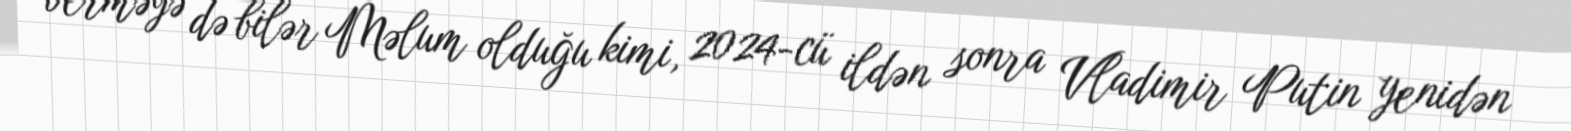
verməyə də bilər Məlum olduğu kimi, 2024-cü ildən sonra Vladimir Putin yenidən